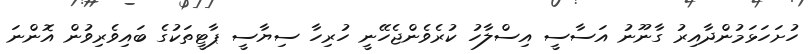
ހުށަހަޅަމުންދާއިރު ގާނޫނު އަސާސީ އިސްލާހު ކުރެވެންޖެހޭނީ ހުރިހާ ސިޔާސީ ޕާޓީތަކުގެ ބައިވެރިވުން އޮންނަ